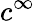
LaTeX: c^{\infty}